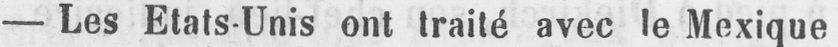
- Les Etats-Unis ont traité avec le Mexique